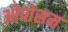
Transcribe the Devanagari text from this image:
ओपोसम